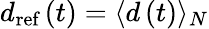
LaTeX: d_{\textrm{ref}}\left(t\right)=\langle d\left(t\right)\rangle_{N}